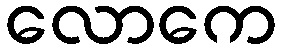
လောကေ